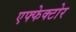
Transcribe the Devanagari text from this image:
एफ्फेक्टोर